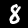
Digit: 8